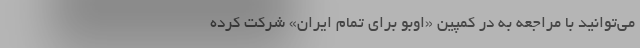
می‌‌توانید با مراجعه به در کمپین «اوبو برای تمام ایران» شرکت کرده